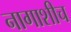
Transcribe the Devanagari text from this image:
नागाशीच